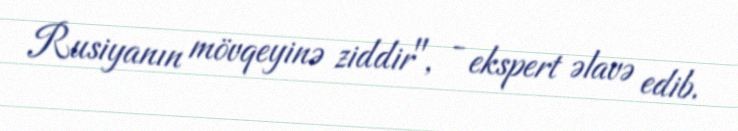
Rusiyanın mövqeyinə ziddir", - ekspert əlavə edib.